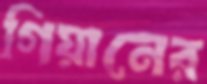
গিয়ানের